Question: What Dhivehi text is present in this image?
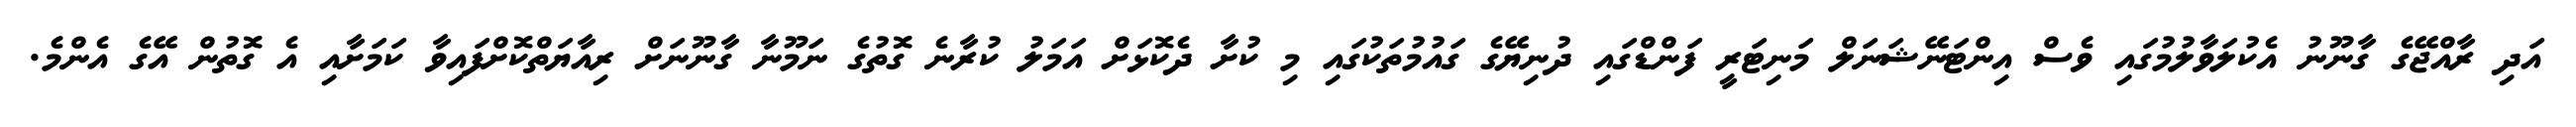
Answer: އަދި ރާއްޖޭގެ ގާނޫނު އެކުލަވާލުމުގައި ވެސް އިންޓަނޭޝަނަލް މަނިޓަރީ ފަންޑްގައި ދުނިޔޭގެ ގައުމުތަކުގައި މި ކުށާ ދެކޮޅަށް އަމަލު ކުރާނެ ގޮތުގެ ނަމޫނާ ގާނޫނަށް ރިއާޔަތްކޮށްފައިވާ ކަމަށާއި އެ ގޮތުން އޭގެ އެންމެ.